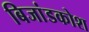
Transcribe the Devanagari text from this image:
बिजांडकोश